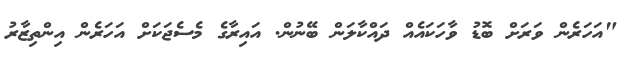
"އަހަރެން ވަރަށް ބޮޑު ވާހަކައެއް ދައްކާލަން ބޭނުން. އައިރާގެ މެސެޖަކަށް އަހަރެން އިންތިޒާރު